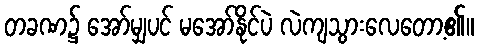
တခဏ၌ အော်မျှပင် မအော်နိုင်ပဲ လဲကျသွားလေတော့၏။